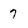
Character: 7